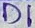
Text: D1